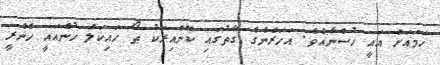
ހަމައަށް އައީ ހުސްނާއެވެ. އަހަރެންގެ ގާތުގައި ކޮންއިރަކު ތޯ ހައިކަލް ހުންއައީ ހެންރީ